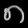
Digit: ၈